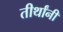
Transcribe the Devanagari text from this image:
तीर्थांनी